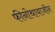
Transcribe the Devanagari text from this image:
फीनोथायाजीन